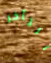
التأخر